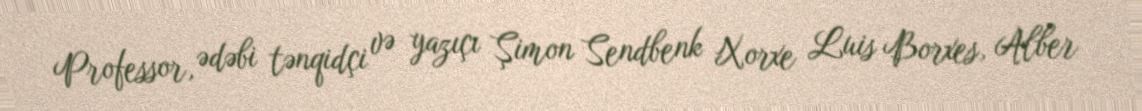
Professor, ədəbi tənqidçi və yazıçı Şimon Sendbenk Xorxe Luis Borxes, Alber